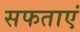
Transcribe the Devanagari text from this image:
सफताएं